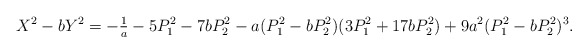
\begin{align*}X^2-bY^2=-\tfrac{1}{a}-5P_1^2-7bP_2^2-a(P_1^2-bP_2^2)(3P_1^2+17bP_2^2)+9a^2(P_1^2-bP_2^2)^3.\end{align*}